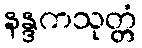
နန္ဒကသုတ္တံ